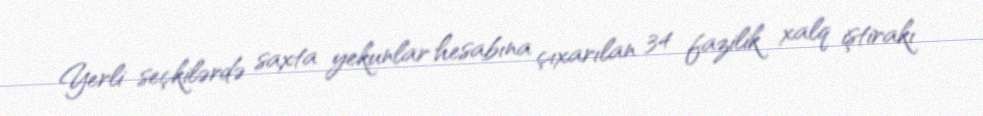
Yerli seçkilərdə saxta yekunlar hesabına çıxarılan 34 fazilik xalq iştirakı